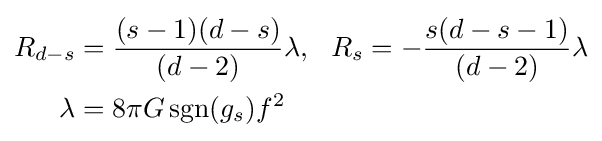
{\begin{aligned}R_{d-s}&={\frac {(s-1)(d-s)}{(d-2)}}\lambda ,~~R_{s}=-{\frac {s(d-s-1)}{(d-2)}}\lambda \\\lambda &=8\pi G\operatorname {sgn} (g_{s})f^{2}\end{aligned}}